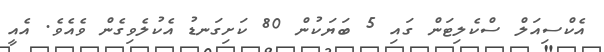
އެކްސިއަލް ސްކެލިޓަން ގައި 5 ބަޔަކުން 80 ކަށިގަނޑު އެކުލެވިގެން ވެއެވެ. އެއީ